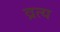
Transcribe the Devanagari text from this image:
व्रत्य